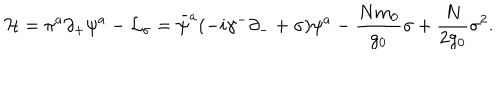
LaTeX: { \cal H } = \pi ^ { a } \partial _ { + } \psi ^ { a } - { \cal L } _ { \sigma } = \bar { \psi } ^ { a } ( - i \gamma ^ { - } \partial _ { - } + \sigma ) \psi ^ { a } - { \frac { N m _ { 0 } } { g _ { 0 } } } \sigma + { \frac { N } { 2 g _ { 0 } } } \sigma ^ { 2 } .